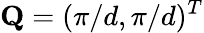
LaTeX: \mathbf{Q}=(\pi/d,\pi/d)^{T}